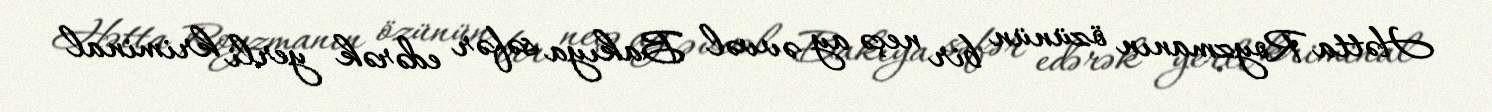
Hətta Royzmanın özünün bir neçə ay əvvəl Bakıya səfər edərək yerli kriminal